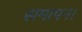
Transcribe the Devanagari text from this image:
समापन।